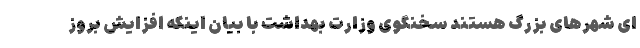
ای شهرهای بزرگ هستند سخنگوی وزارت بهداشت با بیان اینکه افزایش بروز